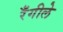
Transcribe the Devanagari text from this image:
रँगीले